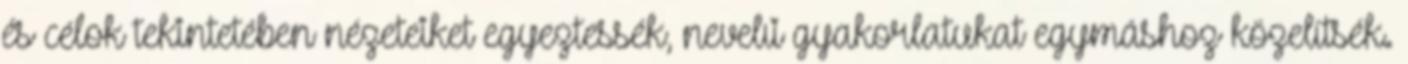
és célok tekintetében nézeteiket egyeztessék, nevelıi gyakorlatukat egymáshoz közelítsék.